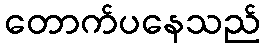
တောက်ပနေသည်